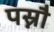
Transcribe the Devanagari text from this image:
पस्नौ